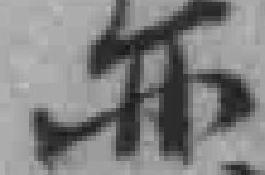
亦